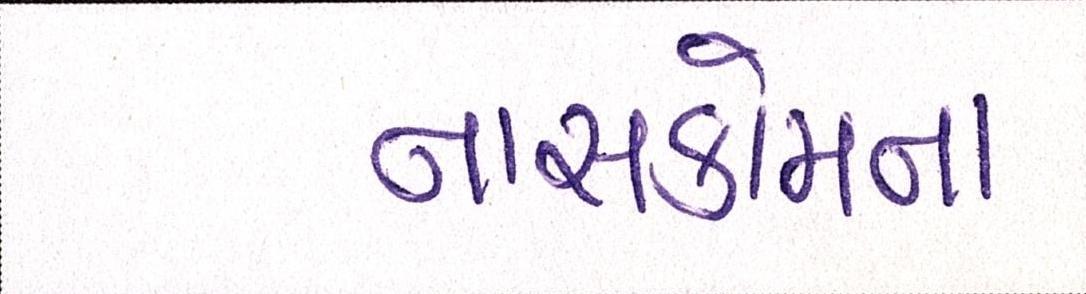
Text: નાસકોમના